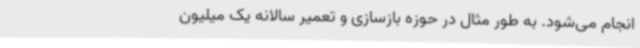
انجام می‌شود. به طور مثال در حوزه بازسازی و تعمیر سالانه یک میلیون